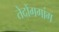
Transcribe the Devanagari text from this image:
तेदोंगगांग